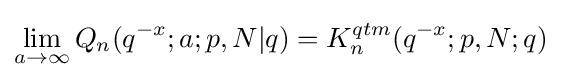
\lim _{a\to \infty }Q_{n}(q^{-x};a;p,N|q)=K_{n}^{qtm}(q^{-x};p,N;q)